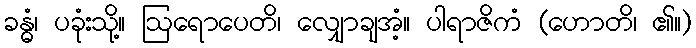
ခန္ဓံ၊ ပခုံးသို့။ ဩရောပေတိ၊ လျှောချအံ့။ ပါရာဇိကံ (ဟောတိ၊ ၏။)